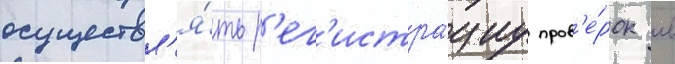
осуществл'я́ть р'ег'истра́циу пров'е́рок в